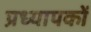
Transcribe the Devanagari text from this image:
प्रध्यापकों